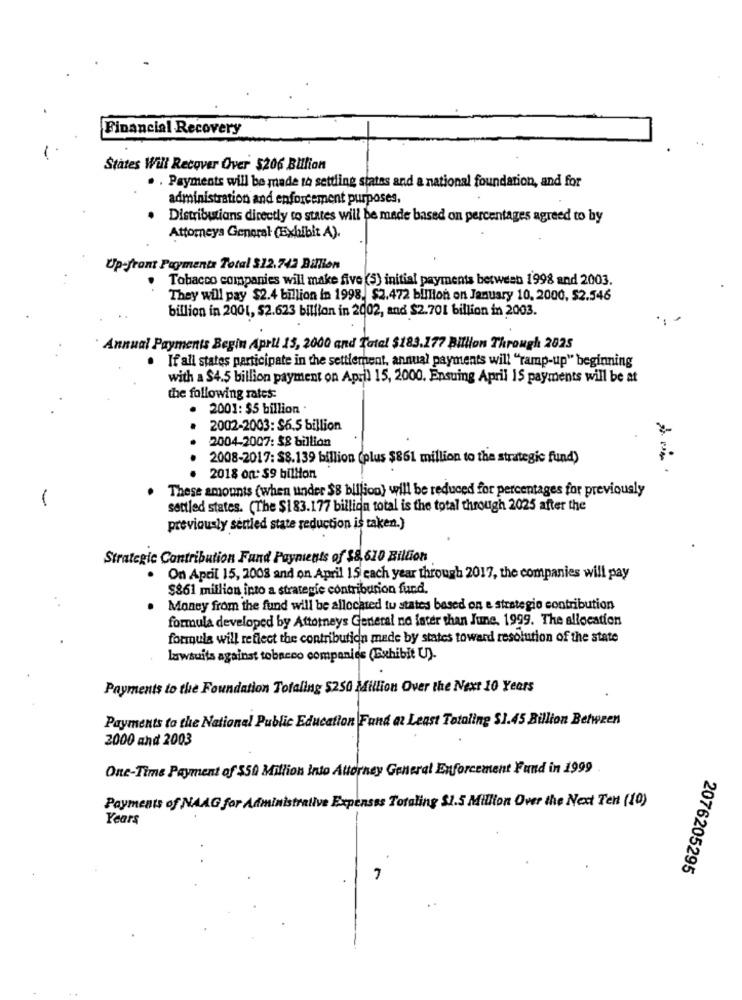
Financial Recovery
States Will Recover Over $206 Billion
. . Payments will be made to settling states and a national foundation, and for
administration and enforcement purposes,
Distributions directly to states will be made based on percentages agreed to by
Attorneys General (Exhibit A).
Up-front Payments Total $12.742 Billion
Tobacco companies will make five (5) initial payments between 1998 and 2003.
They will pay $2.4 billion in 1998. $2.472 billion on January 10, 2000, $2.546
billion in 2001, $2.623 billion in 2002, and $2.701 billion in 2003.
Annual Payments Begin Aprll 15, 2000 and Tatal $183.177 Billion Through 2025
. If all states participate in the settlement, annual payments will "ramp-up" beginning
with a $4.5 billion payment on April 15, 2000. Ensuing April 15 payments will be at
the following rates:
. 2001: $5 billion .
.
2002-2003: $6.5 billion
2004-2007: $8 billion
2008-2017: $8.139 billion (plus $861 million to the strategic fund)
. 2018 on: $9 billion
These amounts (when under $8 billion) will be reduced for percentages for previously
1
settled states. (The $183.177 billion total is the total through 2025 after the
previously settled state reduction is taken.)
Strategic Contribution Fand Payments of $8,610 Billion
. On April 15, 2008 and on April 15 each year through 2017, the companies will pay
$861 million into a strategie contribution fund.
Money from the fund will be allocated tu states based on e strategie contribution
formula developed by Attorneys General no later than June. 1999. The allocation
formula will reflect the contribution made by states toward resolution of the state
lawsuits against tobacco companies (Exhibit U).
Payments to the Foundation Totaling $250 Million Over the Next 10 Years
Payments to the National Public Education Fund at Least Totaling $1.45 Billion Between
2000 and 2003
One-Time Payment of $50 Million Into Attorney General Enforcement Fund in 1999
Payments of NAAG for Administrative Expenses Totaling $1.5 Million Over the Next Ten (10)
Years
2076205295